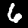
Label: 6